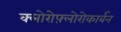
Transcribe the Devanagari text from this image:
क्लोरोफ़्लोरोकार्बन